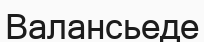
Валансьеде